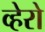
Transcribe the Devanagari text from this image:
व्हेरो